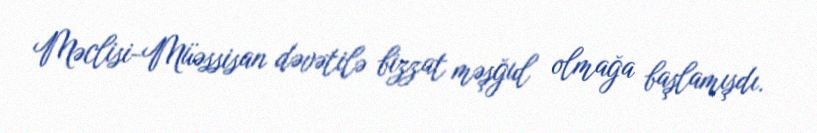
Məclisi-Müəssisan dəvətilə bizzat məşğul olmağa başlamışdı.